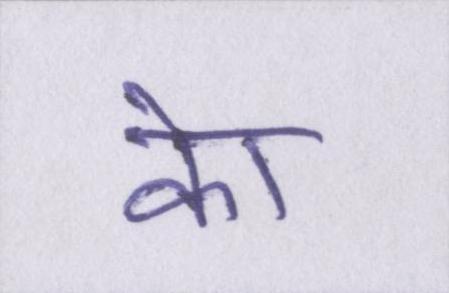
केा